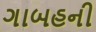
ગાબહની